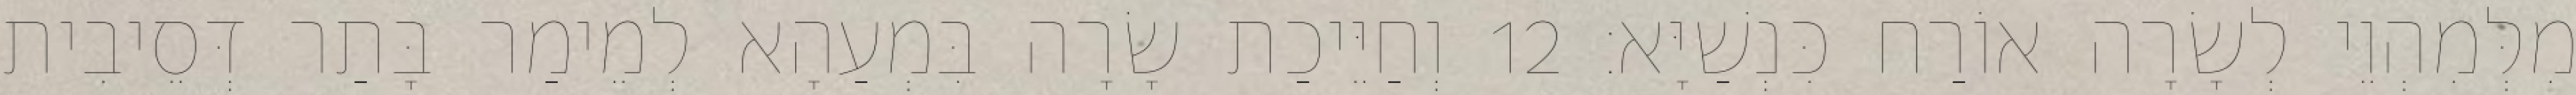
מִלְּמִהְוֵי לְשָׂרָה אוֹרַח כִּנְשַׁיָּא׃ 12 וְחַיֵּיכַת שָׂרָה בִּמְעַהָא לְמֵימַר בָּתַר דְּסֵיבִית